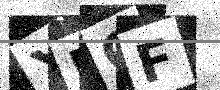
Text: X5QF